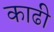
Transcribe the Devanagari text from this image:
काढी